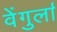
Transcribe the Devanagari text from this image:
वेेंगुर्ला